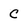
Character: C